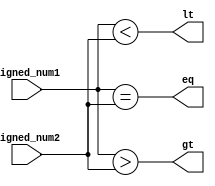
module Signed_Comparator(
    input signed [31:0] signed_num1,
    input signed [31:0] signed_num2,
    output reg eq,
    output reg gt,
    output reg lt
);

always @(*)
begin
    eq = (signed_num1 == signed_num2);
    gt = (signed_num1 > signed_num2);
    lt = (signed_num1 < signed_num2);
end

endmodule